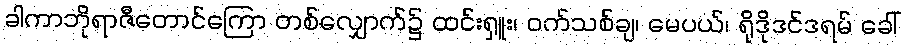
ခါကာဘိုရာဇီတောင်ကြော တစ်လျှောက်၌ ထင်းရှူး၊ ဝက်သစ်ချ၊ မေပယ်၊ ရိုဒိုဒင်ဒရမ် ခေါ်